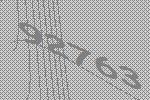
92763